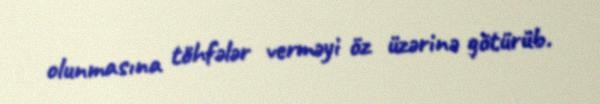
olunmasına töhfələr verməyi öz üzərinə götürüb.